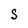
Character: S